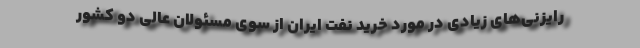
رایزنی‌های زیادی در مورد خرید نفت ایران از سوی مسئولان عالی دو کشور